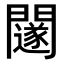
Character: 𨷃